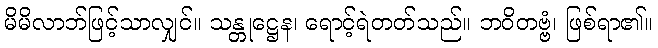
မိမိလာဘ်ဖြင့်သာလျှင်။ သန္တုဋ္ဌေန၊ ရောင့်ရဲတတ်သည်။ ဘဝိတဗ္ဗံ၊ ဖြစ်ရာ၏။